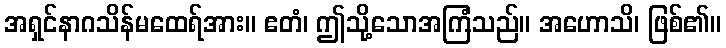
အရှင်နာဂသိန်မထေရ်အား။ ဧတံ၊ ဤသို့သောအကြံသည်။ အဟောသိ၊ ဖြစ်၏။